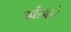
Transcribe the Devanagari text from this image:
उर्वरको